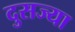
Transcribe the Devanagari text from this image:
दुसज्या